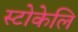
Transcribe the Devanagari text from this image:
स्टोकेलि